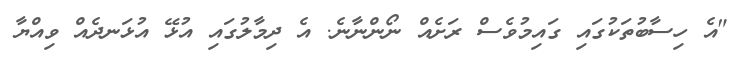
"އެ ހިސާބުތަކުގައި ގައިމުވެސް ރަށެއް ނޯންނާނެ. އެ ދިމާލުގައި އުޅޭ އުޅަނދެއް ވިއްޔާ